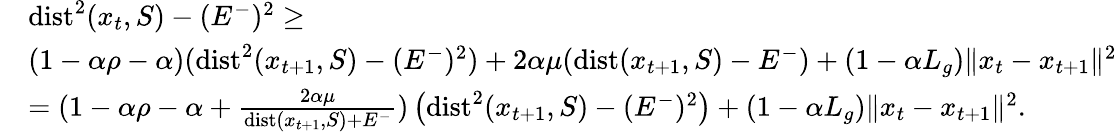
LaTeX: \begin{array}{rl}&{\operatorname{dist}^{2}(x_{t},S)-(E^{-})^{2}\geq}\\ &{(1-\alpha\rho-\alpha)(\operatorname{dist}^{2}(x_{t+1},S)-(E^{-})^{2})+2\alpha\mu(\operatorname{dist}(x_{t+1},S)-E^{-})+(1-\alpha L_{g})\Vert x_{t}-x_{t+1}\Vert^{2}}\\ &{=(1-\alpha\rho-\alpha+\frac{2\alpha\mu}{\operatorname{dist}(x_{t+1},S)+E^{-}})\left(\operatorname{dist}^{2}(x_{t+1},S)-(E^{-})^{2}\right)+(1-\alpha L_{g})\Vert x_{t}-x_{t+1}\Vert^{2}.}\end{array}